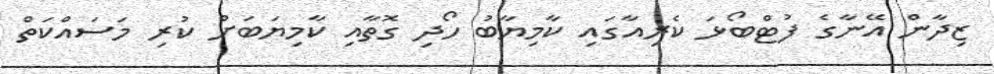
ޒިދާން އޭނާގެ ފުޓްބޯޅަ ކެރިއާގައި ކާމިޔާބު ހޯދި ގޮތާއި ކާމިޔަބަށް ކުރި މަސައްކަތް